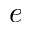
e